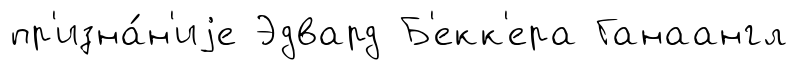
пр'изна́н'иjе Эдвард Б'екк'ера Ганаангл